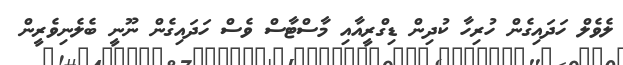
ލެވެލް ހަދައިގެން ހުރިހާ ކުދިން ޑިގްރީއާއި މާސްޓާސް ވެސް ހަދައިގެން ނޫނީ ބެލެނިވެރީން